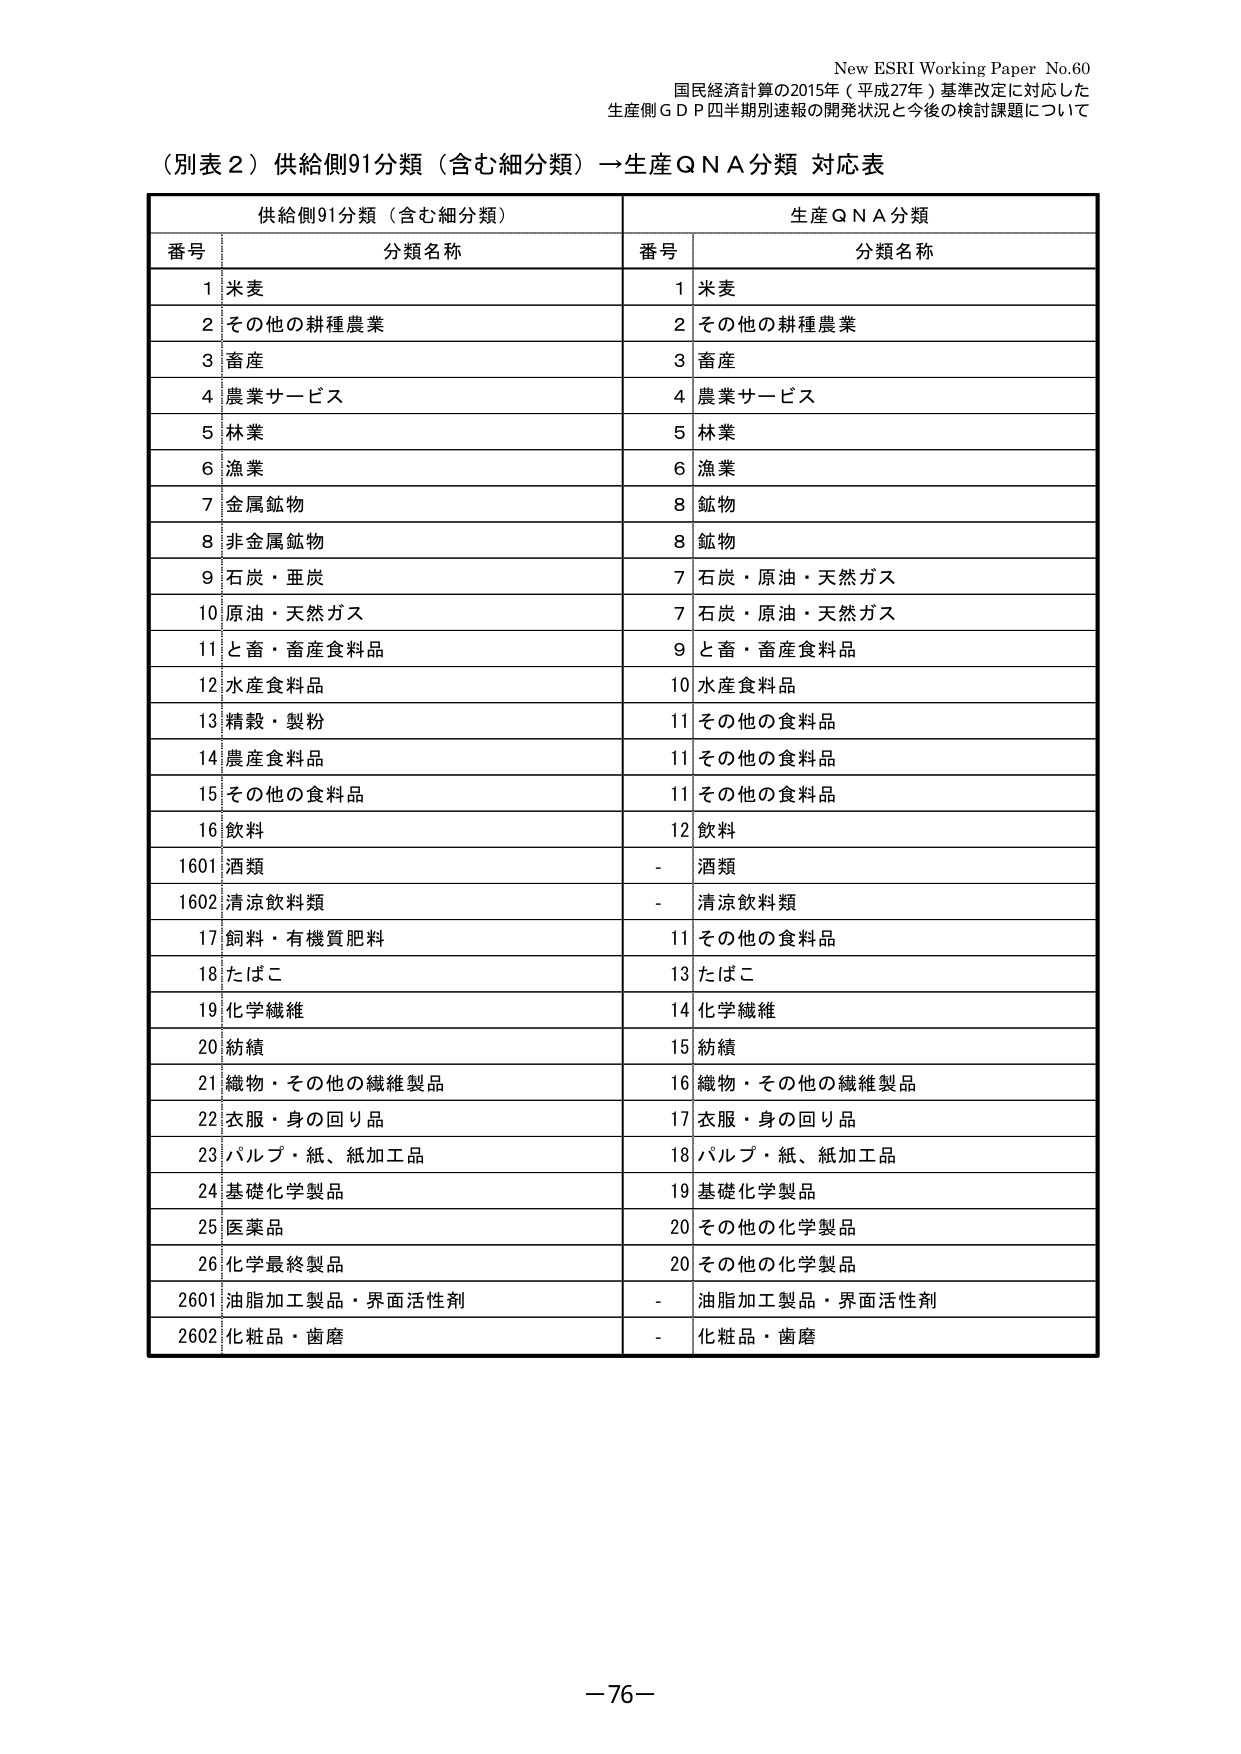
New ESRI Working Paper No.60
国民経済計算の2015年（平成27年）基準改定に対応した
生産側ＧＤＰ四半期別速報の開発状況と今後の検討課題について

（別表２）供給側91分類（含む細分類）→生産ＱＮＡ分類 対応表

供給側91分類（含む細分類）　　　　　　　　　生産ＱＮＡ分類
番号　分類名称　　　　　　　　　　　　　　　番号　分類名称
1　米麦　　　　　　　　　　　　　　　　　　1　米麦
2　その他の耕種農業　　　　　　　　　　　　2　その他の耕種農業
3　畜産　　　　　　　　　　　　　　　　　　3　畜産
4　農業サービス　　　　　　　　　　　　　　4　農業サービス
5　林業　　　　　　　　　　　　　　　　　　5　林業
6　漁業　　　　　　　　　　　　　　　　　　6　漁業
7　金属鉱物　　　　　　　　　　　　　　　　8　鉱物
8　非金属鉱物　　　　　　　　　　　　　　　8　鉱物
9　石炭・亜炭　　　　　　　　　　　　　　　7　石炭・原油・天然ガス
10　原油・天然ガス　　　　　　　　　　　　　7　石炭・原油・天然ガス
11　と畜・畜産食料品　　　　　　　　　　　　9　と畜・畜産食料品
12　水産食料品　　　　　　　　　　　　　　10　水産食料品
13　精穀・製粉　　　　　　　　　　　　　　11　その他の食料品
14　農産食料品　　　　　　　　　　　　　　11　その他の食料品
15　その他の食料品　　　　　　　　　　　　11　その他の食料品
16　飲料　　　　　　　　　　　　　　　　　12　飲料
1601　酒類　　　　　　　　　　　　　　　　-　酒類
1602　清涼飲料類　　　　　　　　　　　　　-　清涼飲料類
17　飼料・有機質肥料　　　　　　　　　　　11　その他の食料品
18　たばこ　　　　　　　　　　　　　　　　13　たばこ
19　化学繊維　　　　　　　　　　　　　　　14　化学繊維
20　紡績　　　　　　　　　　　　　　　　　15　紡績
21　織物・その他の繊維製品　　　　　　　　16　織物・その他の繊維製品
22　衣服・身の回り品　　　　　　　　　　　17　衣服・身の回り品
23　パルプ・紙、紙加工品　　　　　　　　　18　パルプ・紙、紙加工品
24　基礎化学製品　　　　　　　　　　　　　19　基礎化学製品
25　医薬品　　　　　　　　　　　　　　　　20　その他の化学製品
26　化学最終製品　　　　　　　　　　　　　20　その他の化学製品
2601　油脂加工製品・界面活性剤　　　　　　-　油脂加工製品・界面活性剤
2602　化粧品・歯磨　　　　　　　　　　　　-　化粧品・歯磨

－76－